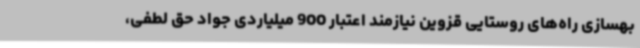
بهسازی راه‌های روستایی قزوین نیازمند اعتبار 900 میلیاردی جواد حق لطفی،